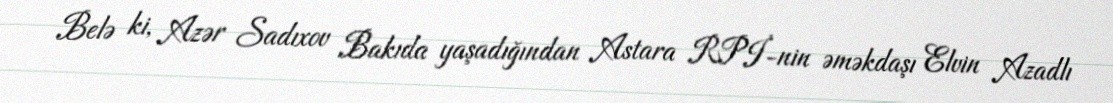
Belə ki, Azər Sadıxov Bakıda yaşadığından Astara RPİ-nin əməkdaşı Elvin Azadlı